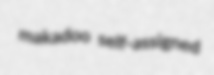
makadoo self-assigned